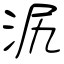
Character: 泦